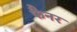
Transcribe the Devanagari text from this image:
फैनर